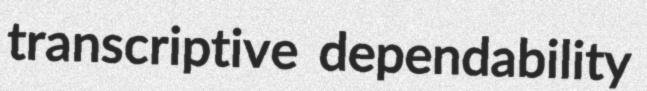
transcriptive dependability